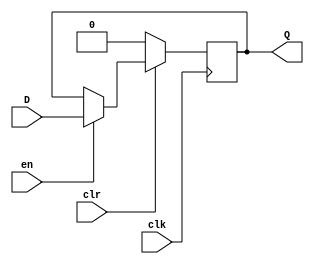
/* *************************************************************************
								Proyecto de Verilog
							Universidad de Costa Rica
						Escuela de Ingenieria Electrica
						IE-0323: Circuitos Digitales I 
							
									Registro.v
								
Autores: Jafet David Gutierrez Guevara <jafet.gutierrez@ucr.ac.cr>
        Carn: B73558
		 Pablo Daniel Brenes Segura <pablo.brenessegura@ucr.ac.cr>
        Carn: B51243
Fecha: 25/02/2021

Descripcion:
	Contiene un modulo de Flip-Flop tipo D activado por flanco positivo con entrada de Clear, Enable y Clock. 
    Luego usando 12 veces este modulo para leer cada bit de la entrada del codigo de barras se hace un registro 
    para que lea cada bit por separado. 
	
***************************************************************************/
/**
* Registor tipo D transparente disparado por flanco creciente 
* Con reset asincronico disparado por flanco creciente y enable 
*
**/
module FF_D (
    input wire D, 
    input wire clr, 
    input wire en, 
    input wire clk,
    output reg   Q
);
 // Siempre que se encuentre un flanco positivo de la seal clk ejecuta lo que tiene dentro. 
    always@(posedge clk) 
        begin 
            // Si la entrada activada en bajo clr esta en bajo entonces transmite un valor de 0 a Q. 
            if(!clr) Q <= 0;
            /** Si no, entonces revisa la entrada de enable, 
            si esta en alto transmite el valor de entrada D a la salida Q. 
            */
            else if(en) Q <= D; 
            // Este caso es simplemente para que sea sintetizable. 
            else Q = Q;   
        end
endmodule
/** 
* Modulo de Registro llamando 12 veces al modulo de Flip Flop tipo D descrito. 
* Toma 12 bits de entrada y los transmite a una salida QR de 12 bits. 
**/ 
module Registro (
    input wire [11:0] L, 
    input wire CLK, 
    input wire  CLR,
    input wire EN, 
    output wire [11:0] QR 
);
    // Bits correspondientes al dia. 
    FF_D bit0( .D(L[0]), .clr(CLR), .clk(CLK), .en(EN), .Q(QR[0]) );
    FF_D bit1( .D(L[1]), .clr(CLR), .clk(CLK), .en(EN), .Q(QR[1]) );
    FF_D bit2( .D(L[2]), .clr(CLR), .clk(CLK), .en(EN), .Q(QR[2]) );
    FF_D bit3( .D(L[3]), .clr(CLR), .clk(CLK), .en(EN), .Q(QR[3]) );
    FF_D bit4( .D(L[4]), .clr(CLR), .clk(CLK), .en(EN), .Q(QR[4]) );
    //Bits correspondientes al mes 
    FF_D bit5( .D(L[5]), .clr(CLR), .clk(CLK), .en(EN), .Q(QR[5]) );
    FF_D bit6( .D(L[6]), .clr(CLR), .clk(CLK), .en(EN), .Q(QR[6]) );
    FF_D bit7( .D(L[7]), .clr(CLR), .clk(CLK), .en(EN), .Q(QR[7]) );
    FF_D bit8( .D(L[8]), .clr(CLR), .clk(CLK), .en(EN), .Q(QR[8]) );
    // Bits correspondientes al codigo del producto.
    FF_D bit9( .D(L[9]), .clr(CLR), .clk(CLK), .en(EN), .Q(QR[9]) );
    FF_D bit10( .D(L[10]), .clr(CLR), .clk(CLK), .en(EN), .Q(QR[10]) );
    FF_D bit11( .D(L[11]), .clr(CLR), .clk(CLK), .en(EN), .Q(QR[11]) );

endmodule